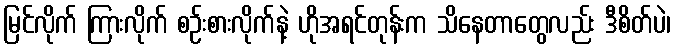
မြင်လိုက် ကြားလိုက် စဉ်းစားလိုက်နဲ့ ဟိုအရင်တုန်းက သိနေတာတွေလည်း ဒီစိတ်ပဲ၊